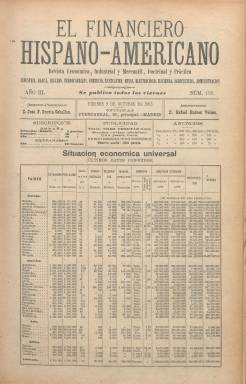
Título: El Financiero hispano-americano
Otros títulos: Financiero hispanoamericano
Colección: Economía
Ámbito geográfico: Madrid
Lugar de publicación: Madrid
Fechas: 09/10/1903-08/02/1918